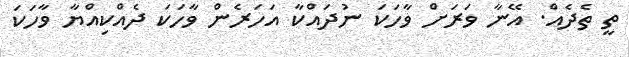
ތީ ތެދެއް. އޭނާ ވަރަށް ވާހަކަ ނުދައްކާ އަހަރެން ވާހަކަ ދެއްކިއްޔާ ވާހަކަ